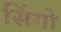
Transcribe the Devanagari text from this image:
सिंगो